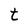
Character: t